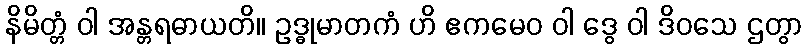
နိမိတ္တံ ဝါ အန္တရဓာယတိ။ ဥဒ္ဓုမာတကံ ဟိ ဧကမေဝ ဝါ ဒွေ ဝါ ဒိဝသေ ဌတွာ